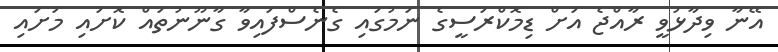
އޭނާ ވިދާޅުވީ ރާއްޖެ އަށް ޑިމޮކްރަސީގެ ނަމުގައި ގެނެސްފައިވާ ގާނޫނުތައް ކޮށައި މަށައި